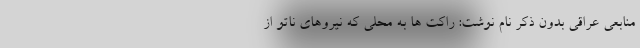
منابعی عراقی بدون ذکر نام نوشت: راکت ها به محلی که نیروهای ناتو از